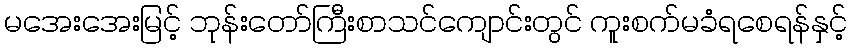
မအေးအေးမြင့် ဘုန်းတော်ကြီးစာသင်ကျောင်းတွင် ကူးစက်မခံရစေရန်နှင့်